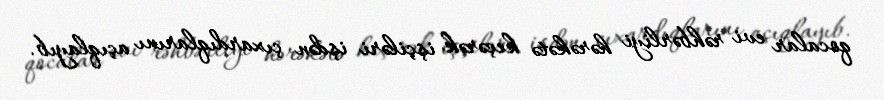
qocalar evi rəhbərliyi hərəkətə keçərək işçiləri işdən çıxardıqlarını açıqlayıb.